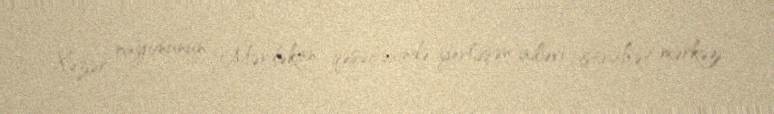
Xəzər rayonunun Mərdəkan qəsəbəsində yerləşən ailəvi istirahət mərkəzi.